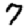
Digit: 7